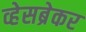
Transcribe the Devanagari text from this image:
व्हेसब्रेकर